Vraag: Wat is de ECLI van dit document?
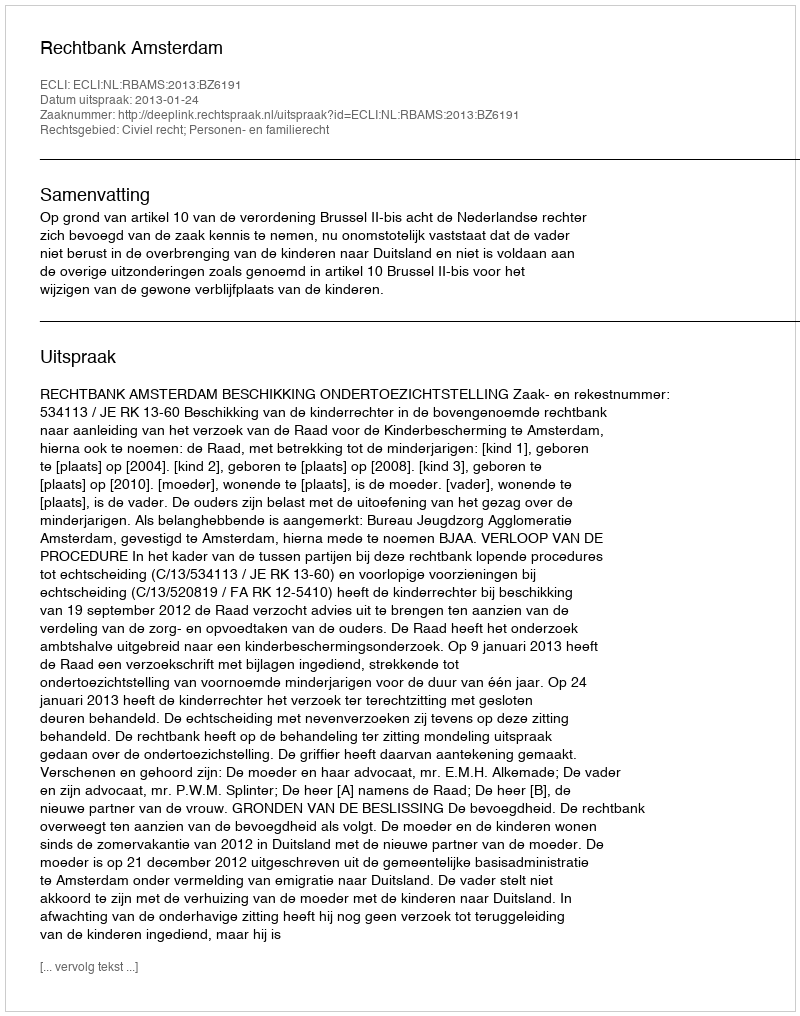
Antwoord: ECLI:NL:RBAMS:2013:BZ6191